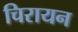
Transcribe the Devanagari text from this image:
चिरायन